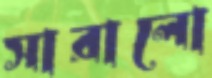
সারালো